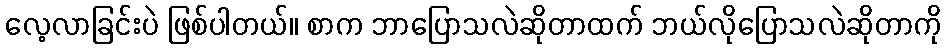
လေ့လာခြင်းပဲ ဖြစ်ပါတယ်။ စာက ဘာပြောသလဲဆိုတာထက် ဘယ်လိုပြောသလဲဆိုတာကို